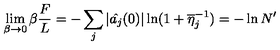
\lim _ { \beta \rightarrow 0 } \beta \frac { F } { L } = - \sum _ { j } | \hat { a _ { j } } ( 0 ) | \ln ( 1 + \overline { { \eta } } _ { j } ^ { - 1 } ) = - \ln N ^ { \prime }